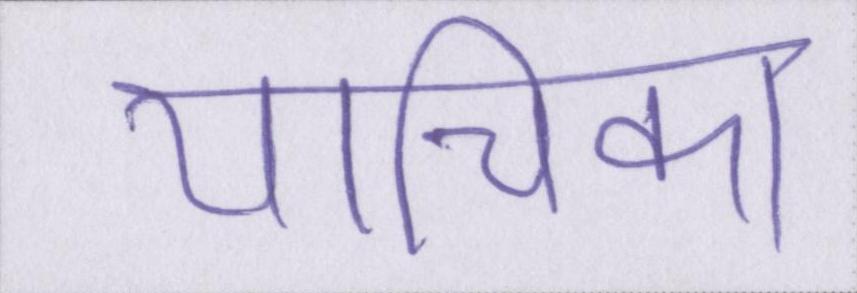
याचिका